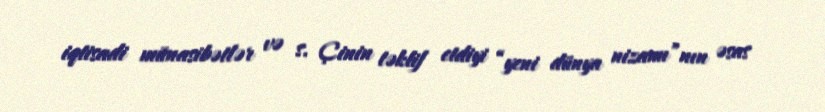
iqtisadi münasibətlər və s. Çinin təklif etdiyi “yeni dünya nizamı”nın əsas